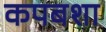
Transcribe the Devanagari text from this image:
कपबशा